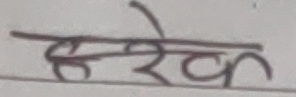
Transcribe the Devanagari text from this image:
हरेक